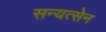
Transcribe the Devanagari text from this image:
सन्यत्सेन